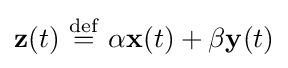
\mathbf {z} (t)\ {\stackrel {\mathrm {def} }{=}}\ \alpha \mathbf {x} (t)+\beta \mathbf {y} (t)